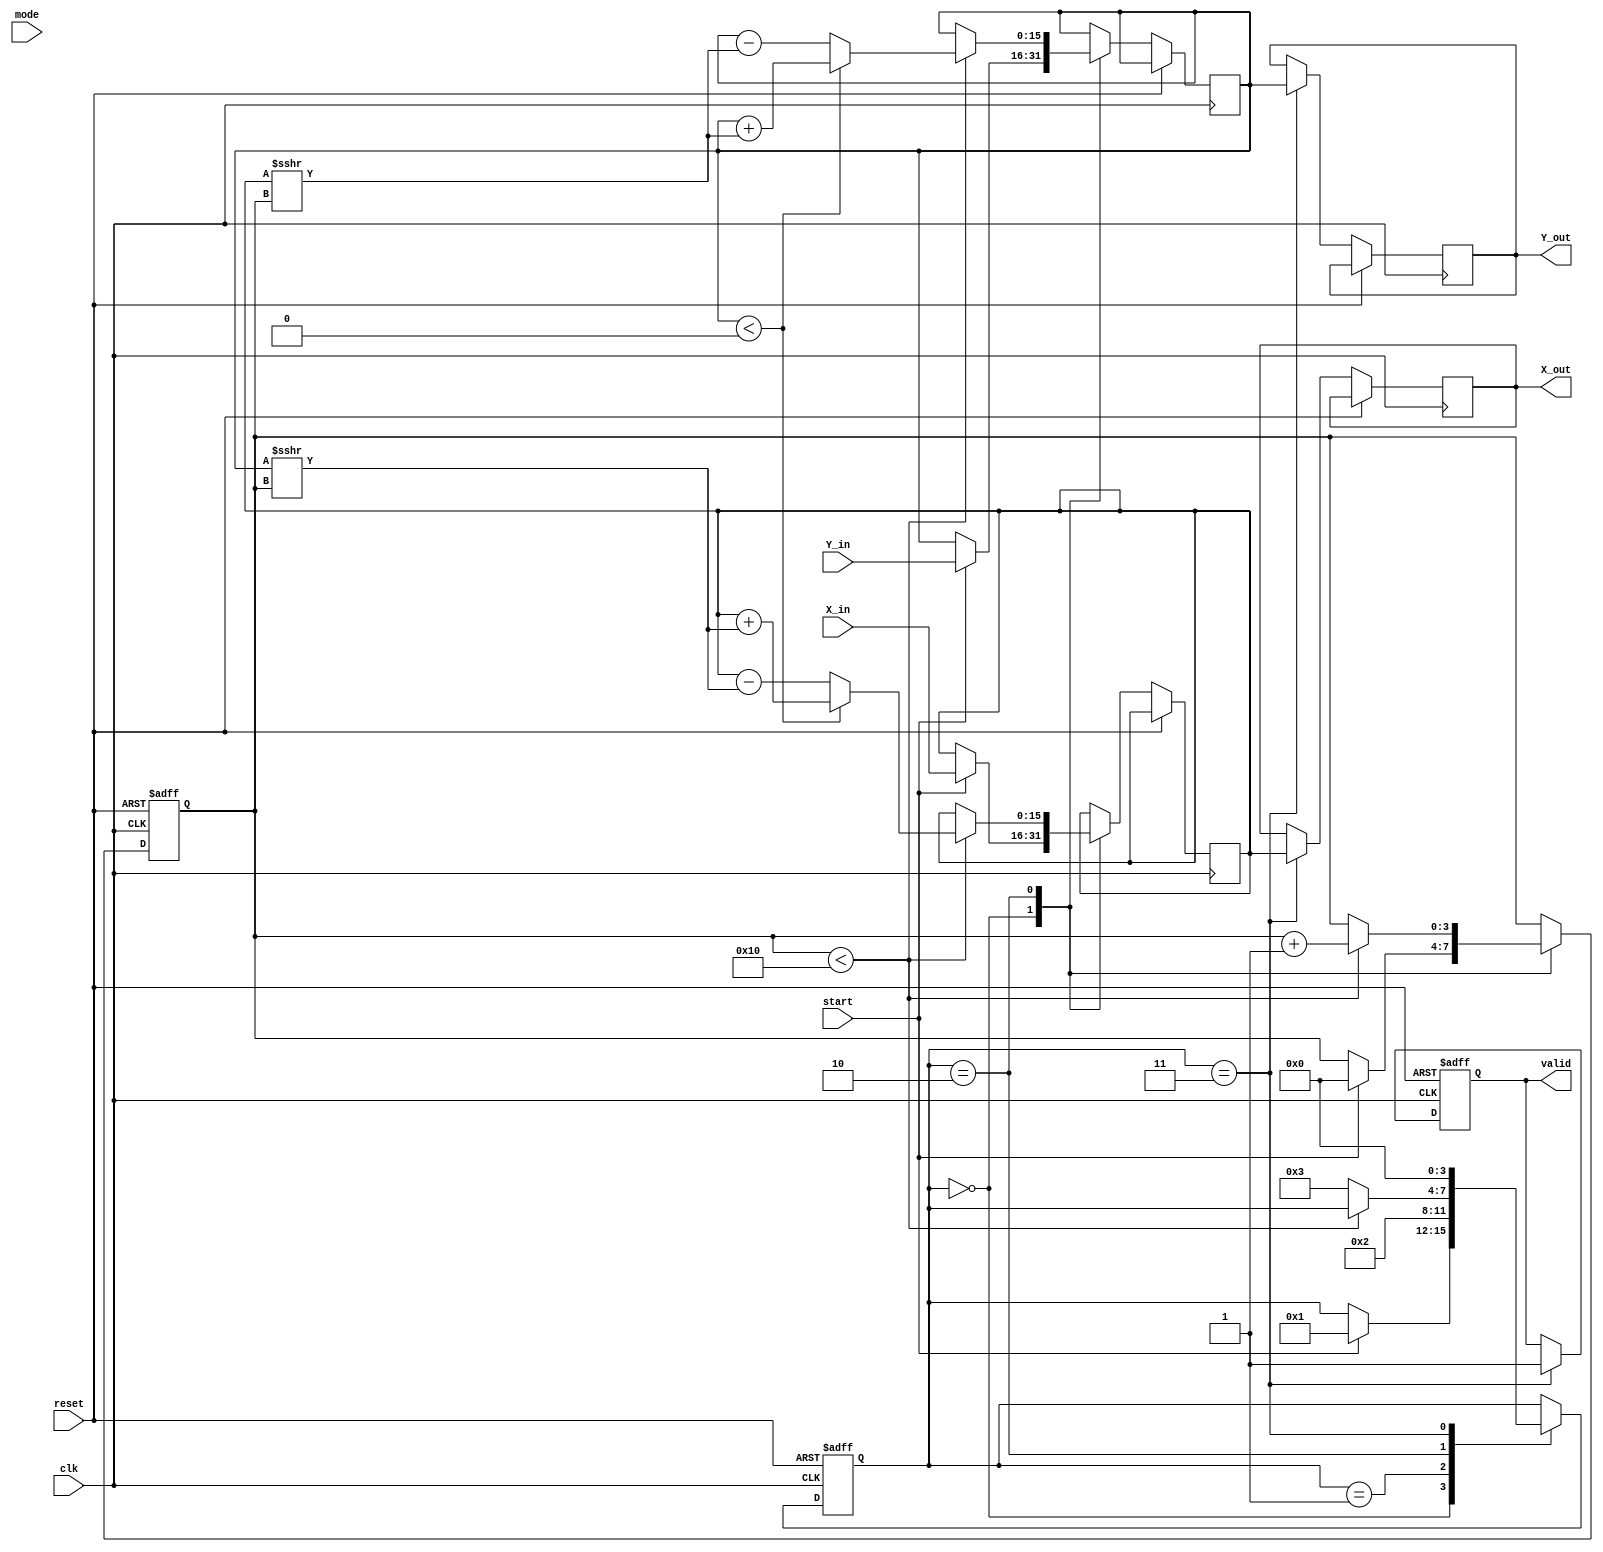
module hyperbolic_cordic #(
    parameter N = 16, // Number of iterations
    parameter WIDTH = 16 // Bit width for X and Y
)(
    input wire clk,
    input wire reset,
    input wire [WIDTH-1:0] X_in,
    input wire [WIDTH-1:0] Y_in,
    input wire [1:0] mode, // 00: sinh, 01: cosh, 10: sinh_inv, 11: cosh_inv
    input wire start,
    output reg [WIDTH-1:0] X_out,
    output reg [WIDTH-1:0] Y_out,
    output reg valid
);

    // Internal registers
    reg [WIDTH-1:0] X, Y;
    reg [N-1:0] angle; // Pre-computed angles for hyperbolic CORDIC
    reg [3:0] state; // FSM state
    reg [3:0] iteration_count;

    // Pre-computed angles for hyperbolic functions (in fixed-point representation)
    reg [WIDTH-1:0] angles [0:N-1];

    initial begin
        // Initialize angles for hyperbolic CORDIC
        angles[0] = 16'h0001; // Example value for angle 0
        angles[1] = 16'h0002; // Example value for angle 1
        // Continue initializing angles for all N iterations...
    end

    // FSM states
    localparam IDLE = 0, INIT = 1, ITERATE = 2, OUTPUT = 3;

    // Control logic
    always @(posedge clk or posedge reset) begin
        if (reset) begin
            state <= IDLE;
            valid <= 0;
            iteration_count <= 0;
        end else begin
            case (state)
                IDLE: begin
                    if (start) begin
                        X <= X_in;
                        Y <= Y_in;
                        iteration_count <= 0;
                        state <= INIT;
                    end
                end
                INIT: begin
                    // Initialization logic if needed
                    state <= ITERATE;
                end
                ITERATE: begin
                    if (iteration_count < N) begin
                        // CORDIC rotation logic
                        if (Y < 0) begin
                            // Rotate clockwise
                            X <= X + (Y >>> iteration_count);
                            Y <= Y + (X >>> iteration_count);
                        end else begin
                            // Rotate counter-clockwise
                            X <= X - (Y >>> iteration_count);
                            Y <= Y - (X >>> iteration_count);
                        end
                        iteration_count <= iteration_count + 1;
                    end else begin
                        state <= OUTPUT;
                    end
                end
                OUTPUT: begin
                    X_out <= X;
                    Y_out <= Y;
                    valid <= 1;
                    state <= IDLE; // Go back to IDLE after output
                end
            endcase
        end
    end

endmodule